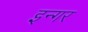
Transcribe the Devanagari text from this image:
इन्गर